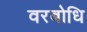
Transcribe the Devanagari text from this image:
वरबोधि